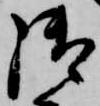
御